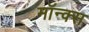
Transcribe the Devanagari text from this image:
मॉन्क्स